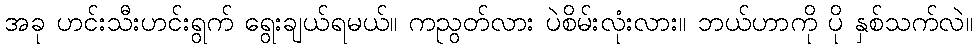
အခု ဟင်းသီးဟင်းရွက် ရွေးချယ်ရမယ်။ ကညွတ်လား ပဲစိမ်းလုံးလား။ ဘယ်ဟာကို ပို နှစ်သက်လဲ။